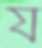
য